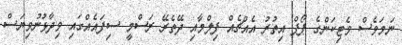
ނަމަވެސް ވެޓިކަންގެ ޕޯޕް އިތުރު އެއްޗެއް ފިލްމާއި ދޭތެރޭ ރަސްމީ ސިފައެއްގައި ވިދާޅުނުވިޔަސް